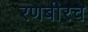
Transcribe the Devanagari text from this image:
रणबीरचे